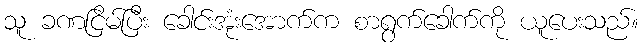
သူ ခဏငြိမ်ပြီး ခေါင်းအုံးအောက်က စာရွက်ခေါက်ကို ယူပေးသည်။